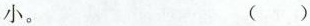
小。 ()